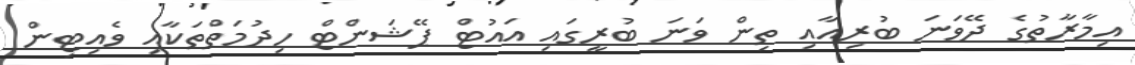
އިމާރާތުގެ ދޭވަނަ ބުރިއާއި ތިން ވަނަ ބުރީގައި އައުޓް ޕޭޝަންޓް ހިދުމަތްތަކާއި ވެއިޓިން